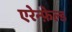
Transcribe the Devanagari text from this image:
एरेन्फ़ेल्ड